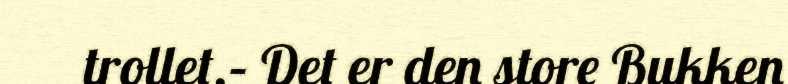
trollet.– Det er den store Bukken